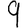
Digit: 9